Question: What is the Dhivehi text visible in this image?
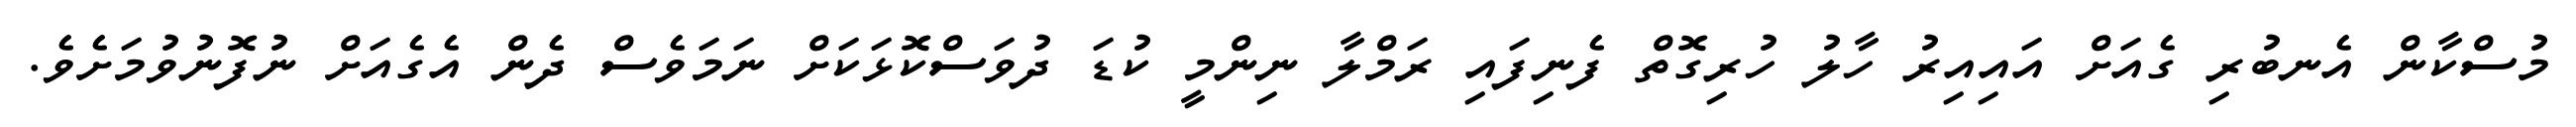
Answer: މުސްކާން އެނބުރި ގެއަށް އައިއިރު ހާލު ހުރިގޮތް ފެނިފައި ރަމްލާ ނިންމީ ކުޑަ ދުވަސްކޮޅަކަށް ނަމަވެސް ދެން އެގެއަށް ނުފޮނުވުމަށެވެ.